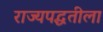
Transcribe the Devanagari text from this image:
राज्यपद्धतीला